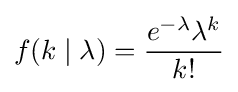
f(k\mid \lambda )={\frac {e^{-\lambda }\lambda ^{k}}{k!}}